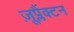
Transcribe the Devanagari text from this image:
ज़ूप्लैंक्टन